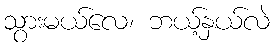
သွားမယ်လေ၊ ဘယ့်နှယ်လဲ